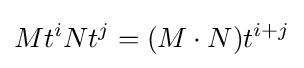
Mt^{i}Nt^{j}=(M\cdot N)t^{i+j}